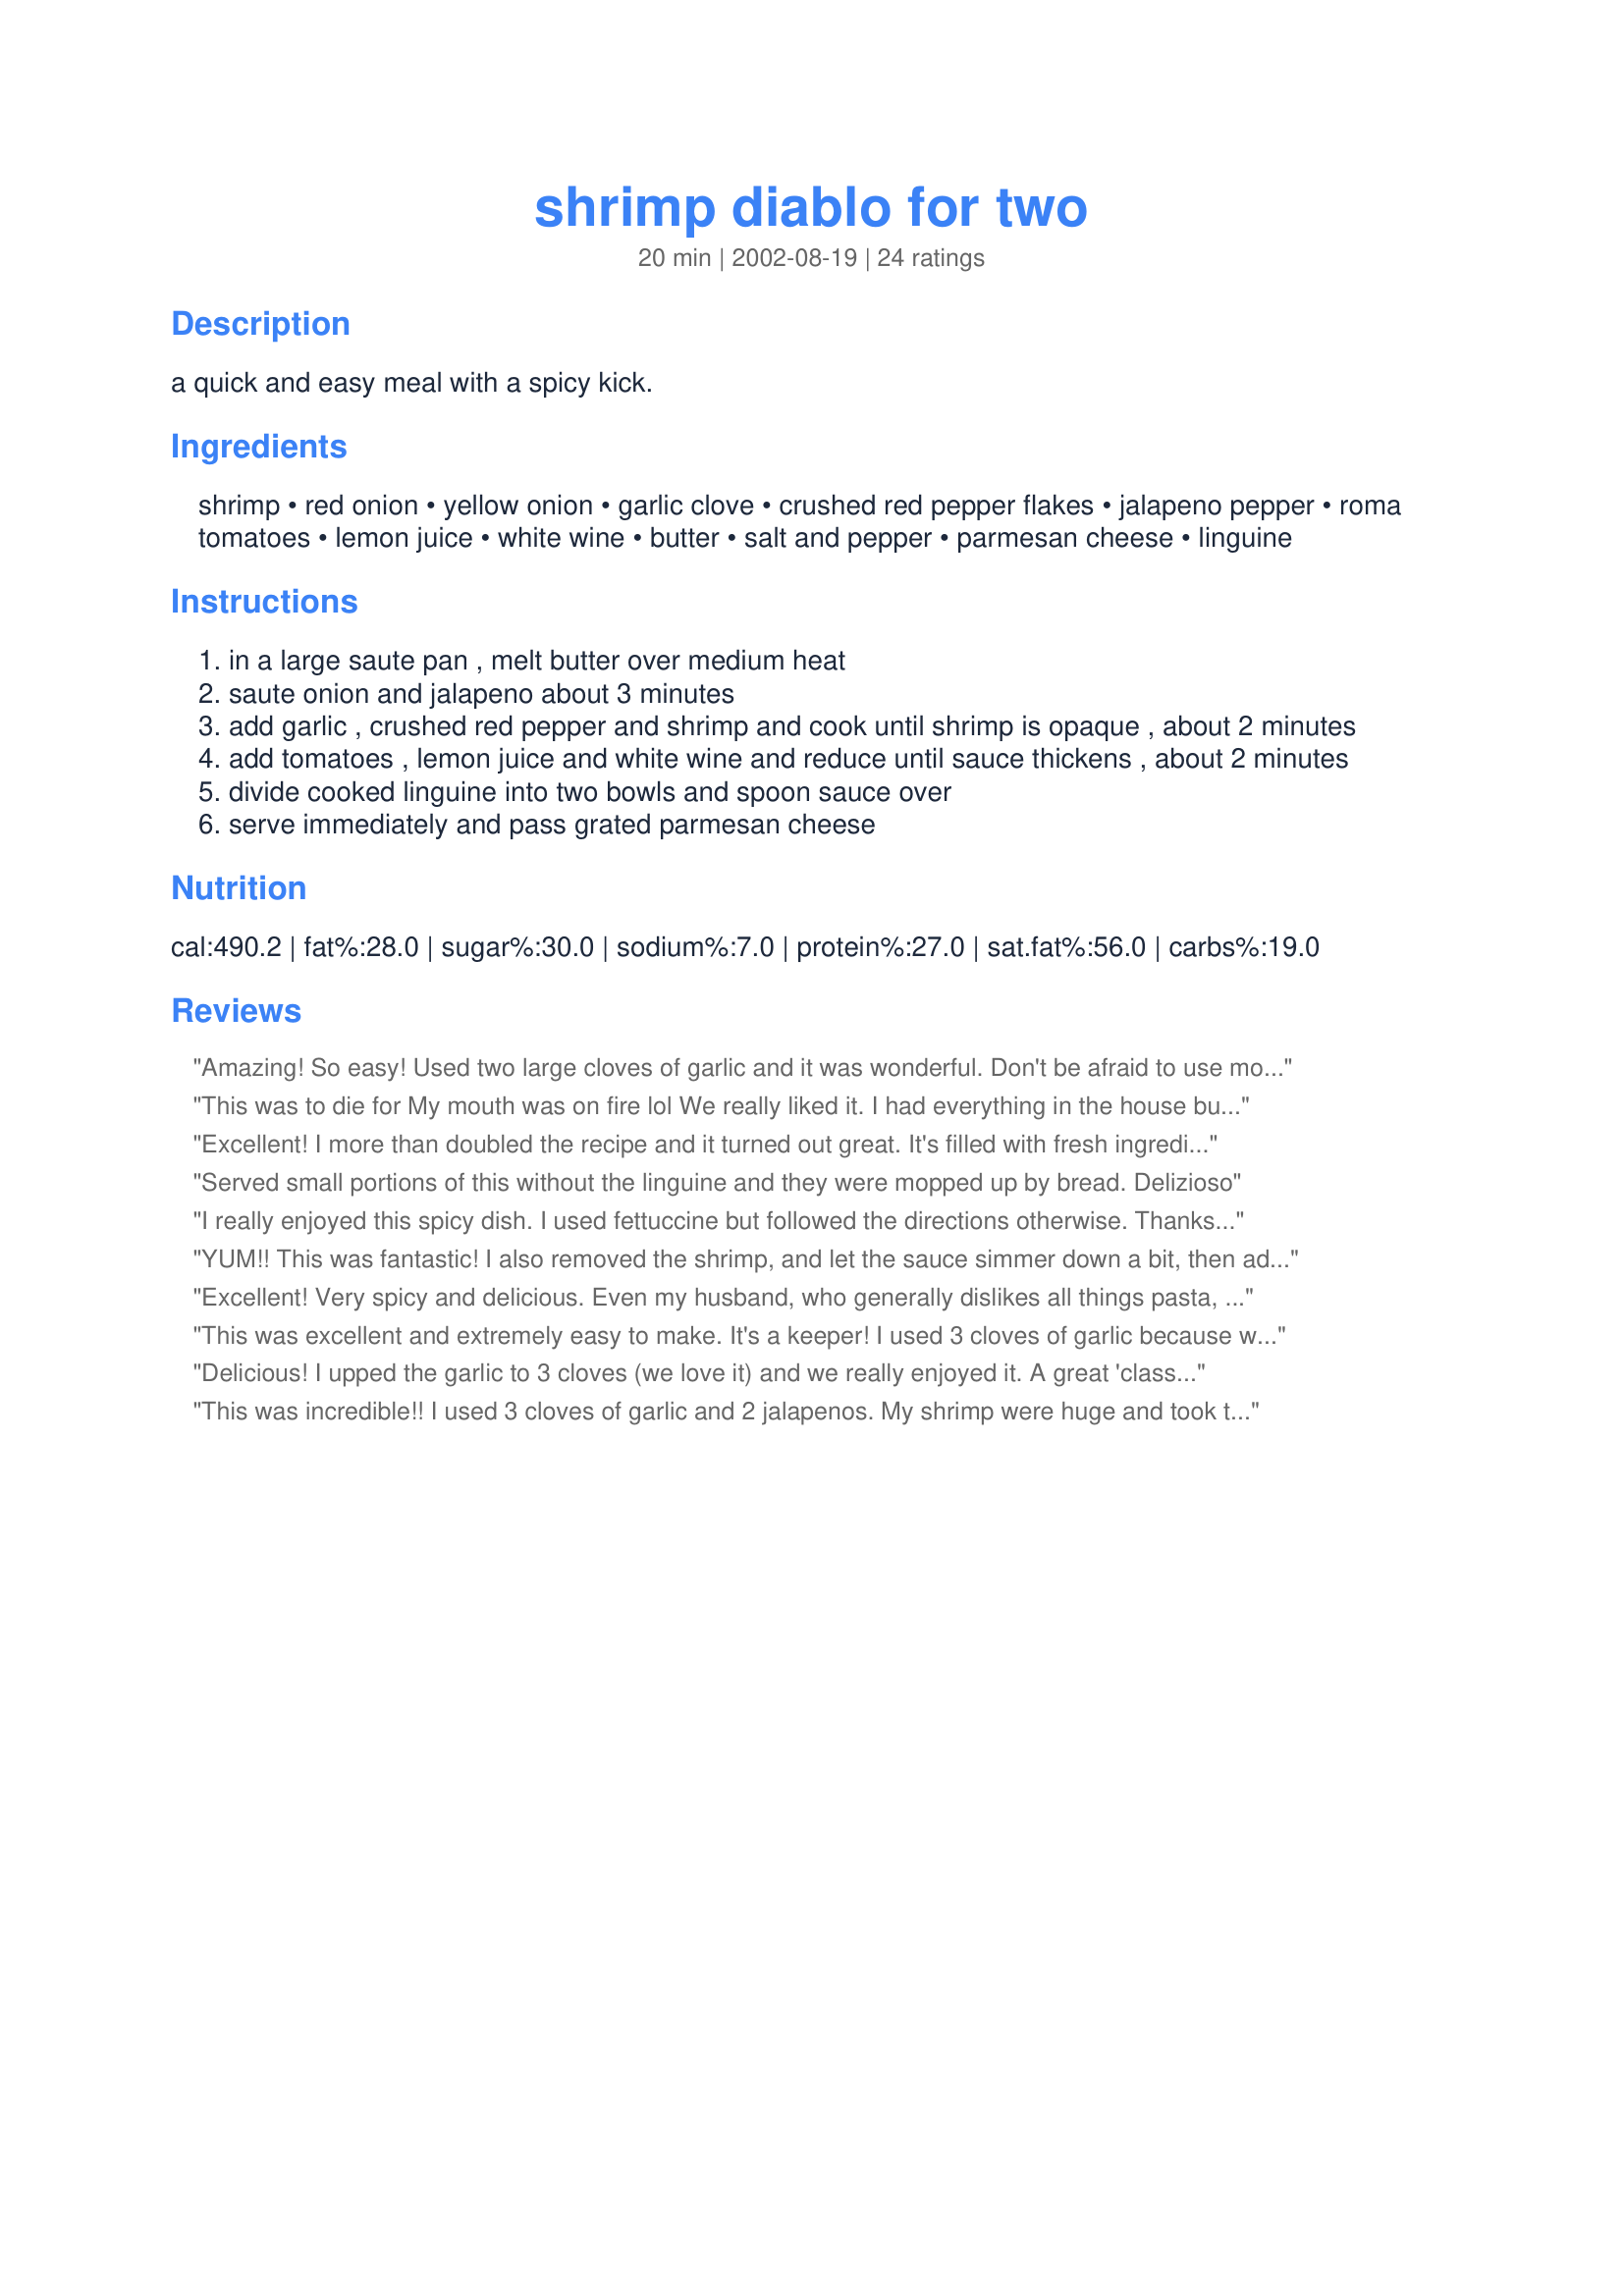
shrimp diablo for two
Preparation time: 20 minutes

a quick and easy meal with a spicy kick.

Ingredients:
shrimp, red onion, yellow onion, garlic clove, crushed red pepper flakes, jalapeno pepper, roma tomatoes, lemon juice, white wine, butter, salt and pepper, parmesan cheese, linguine

Steps:
in a large saute pan , melt butter over medium heat
saute onion and jalapeno about 3 minutes
add garlic , crushed red pepper and shrimp and cook until shrimp is opaque , about 2 minutes
add tomatoes , lemon juice and white wine and reduce until sauce thickens , about 2 minutes
divide cooked linguine into two bowls and spoon sauce over
serve immediately and pass grated parmesan cheese

Reviews:
Amazing! So easy! Used two large cloves of garlic and it was wonderful. Don't be afraid to use more or less to your liking. We like spicy so I added more jalapeno and pepper flakes- even garnished with more pepper flakes. Did not have Cotija cheese but will use that next time. Needed to use up some parm I had. This was amazingly easy and good. Nice presentation too. Would be a great dish to serve at a dinner party- just doubled, tripled etc... but made a wonderful 'just the two of us' meal. Thanks PanNan for posting it! Update: 9/27/16 still one of our faves! When I don't have a fresh jalape&ntilde;o I just use plenty of red pepper flakes. The fresh jalape&ntilde;o really makes this dish though! I usually have everything on hand which makes this a superb dish to fall back on when time is tight! Wonderful for date night or any night! Amazing recipe Nan! Thanks for sharing!
This was to die for My mouth was on fire lol We really liked it. I had everything in the house but the jalepeno, got that at the corner store. What I did was put a little sour cream on the side just to cut down on the hea,. but I wouldn't change anything Thank you Made for Susies world tour 2018
Excellent! I more than doubled the recipe and it turned out great. It's filled with fresh ingredients and it was very tasty! Thank you. Made for Susie's World Tour 2018 - Argentina.
Served small portions of this without the linguine and they were mopped up by bread. Delizioso
I really enjoyed this spicy dish. I used fettuccine but followed the directions otherwise. Thanks for sharing, Nan,
YUM!! This was fantastic! I also removed the shrimp, and let the sauce simmer down a bit, then added it to the bowl at the end. I did not have jalapenos on hand, and just used a few dried red peppers.I did use a liberal amount of kosher salt, and just two Tbsp of the butter...perfect! Already planning when I can make this again...thanks for the great recipe!!
Excellent! Very spicy and delicious. Even my husband, who generally dislikes all things pasta, thought this was great--he asked me to keep this in the "make again" file! We used jarred jalapenos, med. frozen shrimp, and lots of garlic. YUM.
This was excellent and extremely easy to make. It's a keeper! I used 3 cloves of garlic because we like the taste. I did follow the suggestion from Mama's Kitchen and took the shrimp out while the sauce reduced. Thanks for a great recipe.
Delicious! I upped the garlic to 3 cloves (we love it) and we really enjoyed it. A great 'classy' meal when there's not too much time to spend in the kitchen.
This was incredible!! I used 3 cloves of garlic and 2 jalapenos. My shrimp were huge and took the full time plus some. The onion and pasta just got in my way--LOL! Thanks, PanNan.
We eat this dish all the time here in Mexico and it is to die for.Have not tired this one but it seems a bit bland. Try adding worstershire sauce about 1/2 teaspoon(or by taste)and the 1/2 cup of cream to give it a smooth texture.Crushed can tomates are a good sub for fresh tomatoes. Enjoy with Mexican rice.

Judy Whitford
I was almost scared off by the word &quot;diablo&quot; but was enticed by the word &quot;shrimp&quot;. I only used half of a jalape&ntilde;o (without seeds) and it was just right! So glad I tried it!! And I used shell pasta instead of linguini, still the same flavor profile, right? made for SWT2018
This is sooo good. I made the olive oil/whole wheat pasta version and it was marvelous. We had fresh roma tomatoes, onions and jalapenos from the garden. This is going to be a regular on the it's late/I'm tired menu.
I made this last night, but unfortunately it was far too spicy for my fiance and I. The flavor beneath the spice was marvelous, though, so I plan to try it again either without jalapeno or with only a few slices added.
This was delicious, surpirsingly filling and very satisfying. I did use olive oil (and less of it)instead of the butter and without a problem. Based on other reviews I increased the jalapenos & garlic. I was afraid if I followed the isntructions that the shrimp would be rubbery, so I removed them while letting the sauce simmer and returned them just befor serving. Thank you PanNan for sharing the recipe.
It was alright. Kinda bland. Maybe more garlic or wine?
Wow! We loved this! It's pretty spicy, so if you don't like really hot food, you might want to remove the jalapeno seeds. We left them and loved it. The only change I made was to use 2 Tbsp of olive oil instead of butter (mainly for health reasons). Definitely a keeper! Thanks!
I have had versions of the recipe in the past. Some were so hot that all one could taste were peppers. This recipe is nicley flavored with the jalapeno and allows all the fresh flavors to come through. I made this using medium sized shrimp, increasing the count, and served it over recipe #94355 in place of the linguine. Both DH and I thoroughly enjoyed it and this recipe goes into my Then There Were 2 Cookbook. Definately a quick and elegant meal for 2 people.
As per recommendations, I kicked it up a notch by adding more jalopenos and garlic. Directions are a bit funny - for example you should only cook prawns for couple of minutes so they don't turn rubbery - but I adapted it, and result was nice. Especialy the prawns were very tasty.
I prepared this for dinner tonight and it was very good. I think I will add a few things the next time, though. It needs something and I am not sure what....so, I think I will go with another review and add the cream....I am also thinking of adding some baby asparagus. My shrimp were large and needed the extra cooking time and I used 2 cloves of garlic. Also, don't forget the salt and pepper; it is included in the ingredients but not in the cooking instructions. Thanks for sharing this recipe. We enjoyed it!
Wonderful! I was looking for a 'not to tomatoie' recipe to use with some special pasta (Sonaran Spice) that I bought and this was just perfect! I used butter and EVO for sauting, other than that followed the recipe to the "T". Thanks for sharing.
Excellent, easy and tasty. I did not have red onion, and I used a can of diced tomatoes (drained) in place of the roma tomatoes. I agree that the shrimp should probably be removed from the sauce to avoid over-cooking. Thanks for the post.
i did try this and find it unfair that this was rated by someone that hasnt even tried the dish. How can you say this is bland when you haven't tasted it. Very yummy. Excellent dish.
Easy and tasty. Used fresh tomatoes and jalapenos. Not nearly as spicy as I thought it would be.
